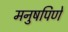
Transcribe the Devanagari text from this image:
मनुषपिणे